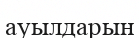
ауылдарын